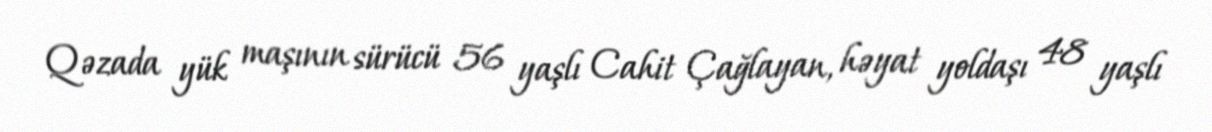
Qəzada yük maşının sürücü 56 yaşlı Cahit Çağlayan, həyat yoldaşı 48 yaşlı